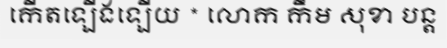
កើតឡើងឡើយ * លោក កឹម សុខា បន្ត